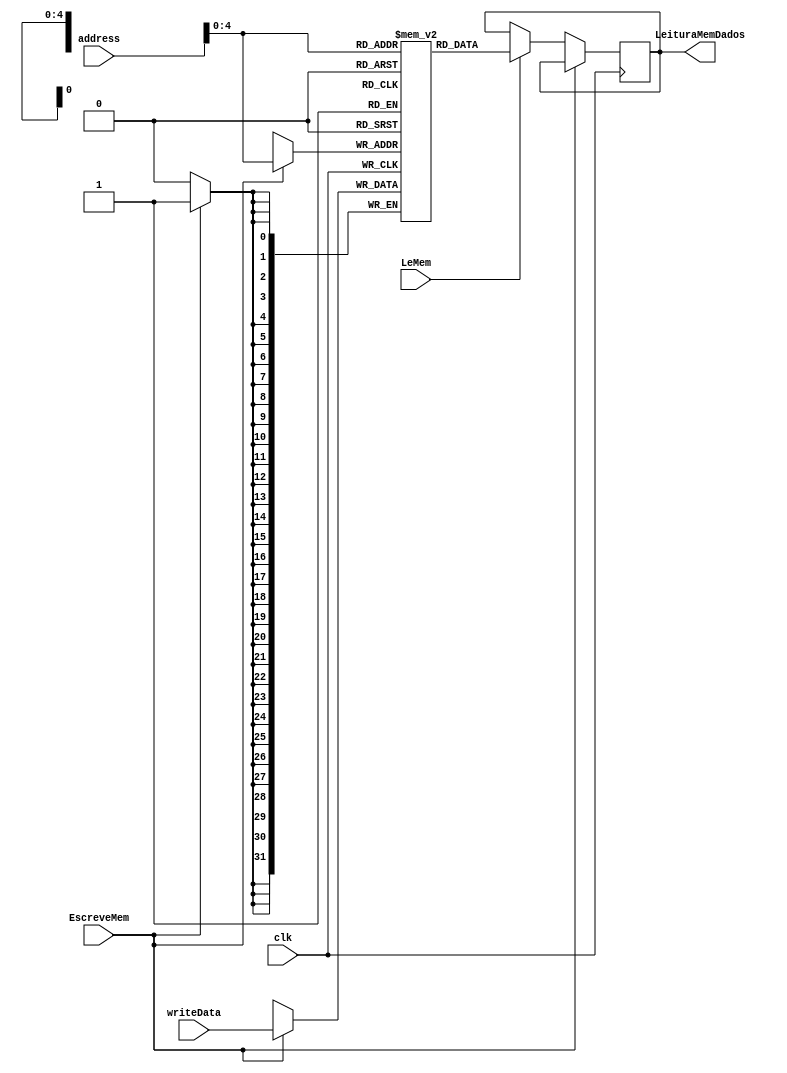
module MEMDADOS(
input wire clk, 
input wire EscreveMem,
input wire LeMem,
input wire[31:0] address,
input wire[31:0] writeData,
output wire[31:0] LeituraMemDados
);
reg[31:0]dataMem[0:31];

reg[31:0] temp;

always @ (negedge clk)
begin
if(EscreveMem == 1'b1)
begin
dataMem[address] <= writeData; 
end
else if(LeMem == 1'b1)
temp <= dataMem[address];

end



assign LeituraMemDados = temp;

endmodule